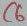
Text: C6